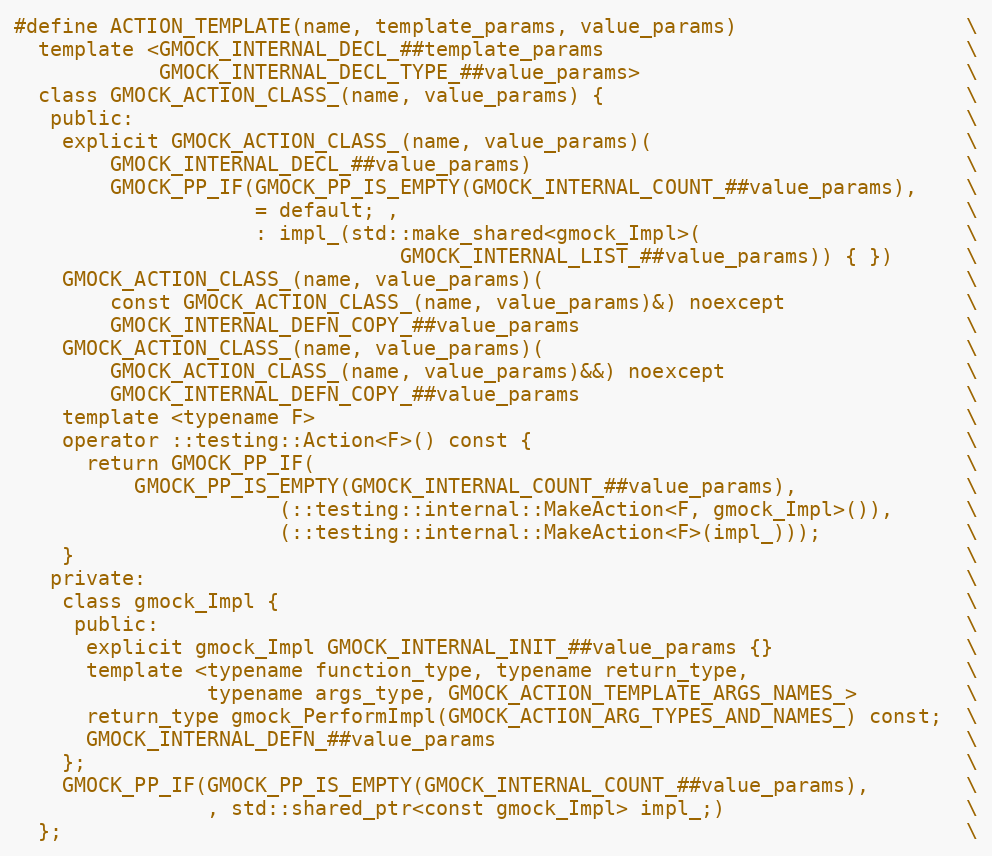
Language: C
#define ACTION_TEMPLATE(name, template_params, value_params)                   \
  template <GMOCK_INTERNAL_DECL_##template_params                              \
            GMOCK_INTERNAL_DECL_TYPE_##value_params>                           \
  class GMOCK_ACTION_CLASS_(name, value_params) {                              \
   public:                                                                     \
    explicit GMOCK_ACTION_CLASS_(name, value_params)(                          \
        GMOCK_INTERNAL_DECL_##value_params)                                    \
        GMOCK_PP_IF(GMOCK_PP_IS_EMPTY(GMOCK_INTERNAL_COUNT_##value_params),    \
                    = default; ,                                               \
                    : impl_(std::make_shared<gmock_Impl>(                      \
                                GMOCK_INTERNAL_LIST_##value_params)) { })      \
    GMOCK_ACTION_CLASS_(name, value_params)(                                   \
        const GMOCK_ACTION_CLASS_(name, value_params)&) noexcept               \
        GMOCK_INTERNAL_DEFN_COPY_##value_params                                \
    GMOCK_ACTION_CLASS_(name, value_params)(                                   \
        GMOCK_ACTION_CLASS_(name, value_params)&&) noexcept                    \
        GMOCK_INTERNAL_DEFN_COPY_##value_params                                \
    template <typename F>                                                      \
    operator ::testing::Action<F>() const {                                    \
      return GMOCK_PP_IF(                                                      \
          GMOCK_PP_IS_EMPTY(GMOCK_INTERNAL_COUNT_##value_params),              \
                      (::testing::internal::MakeAction<F, gmock_Impl>()),      \
                      (::testing::internal::MakeAction<F>(impl_)));            \
    }                                                                          \
   private:                                                                    \
    class gmock_Impl {                                                         \
     public:                                                                   \
      explicit gmock_Impl GMOCK_INTERNAL_INIT_##value_params {}                \
      template <typename function_type, typename return_type,                  \
                typename args_type, GMOCK_ACTION_TEMPLATE_ARGS_NAMES_>         \
      return_type gmock_PerformImpl(GMOCK_ACTION_ARG_TYPES_AND_NAMES_) const;  \
      GMOCK_INTERNAL_DEFN_##value_params                                       \
    };                                                                         \
    GMOCK_PP_IF(GMOCK_PP_IS_EMPTY(GMOCK_INTERNAL_COUNT_##value_params),        \
                , std::shared_ptr<const gmock_Impl> impl_;)                    \
  };                                                                           \